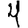
Digit: 4